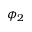
\phi _ { 2 }